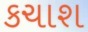
કચાશ